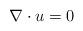
LaTeX: \begin{align*} \nabla \cdot u =0\end{align*}